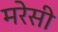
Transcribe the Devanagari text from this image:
मरेसी